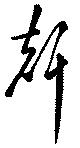
聲